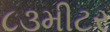
૮૩મીટર